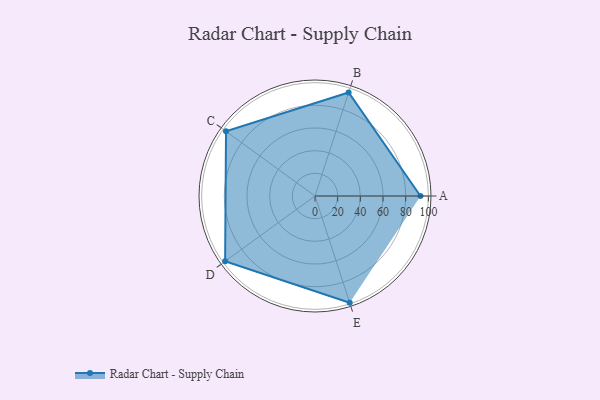
{"axis": {"x": "Skill", "y": "Score"}, "legend": ["Profile"], "data": [{"x": "A", "y": 93.0, "type": "Profile"}, {"x": "B", "y": 96.0, "type": "Profile"}, {"x": "C", "y": 97.0, "type": "Profile"}, {"x": "D", "y": 98.0, "type": "Profile"}, {"x": "E", "y": 99, "type": "Profile"}]}